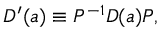
D ^ { \prime } ( a ) \equiv P ^ { - 1 } D ( a ) P ,